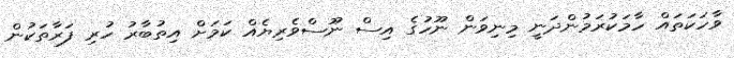
ވާހަކަތައް ހާމަކުރަމުންދަނީ މިނިވަން ނޫހުގެ އިސް ނޫސްވެރިޔެއް ކަމަށް އިތުބާރު ހުރި ފަރާތަކުން